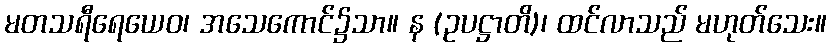
မတသရီရေယေဝ၊ အသေကောင်၌သာ။ န (ဥပဋ္ဌာတိ)၊ ထင်လာသည် မဟုတ်သေး။